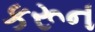
કરૂન